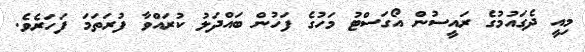
މިއީ ދެގައުމުގެ ރައީސުން އޯގަސްޓު މަހުގެ ފަހުން ބައްދަލު ކުރައްވާ ފުރަތަމަ ފަހަރެވެ.